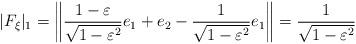
LaTeX: \begin{align*}|F_{\xi}|_1=\left\|\frac{1-\varepsilon}{\sqrt{1-\varepsilon^2}}e_1+e_2-\frac{1}{\sqrt{1-\varepsilon^2}}e_1\right\|=\frac{1}{\sqrt{1-\varepsilon^2}}\end{align*}